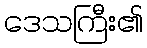
ဒေသကြီး၏